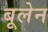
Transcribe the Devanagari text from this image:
बूलेन